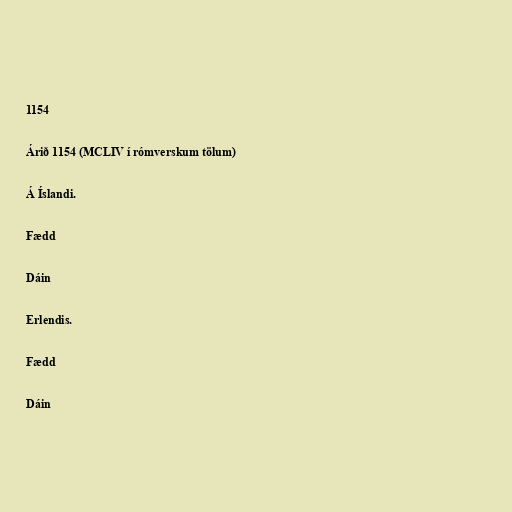
1154

Árið 1154 (MCLIV í rómverskum tölum)

Á Íslandi.

Fædd

Dáin

Erlendis.

Fædd

Dáin